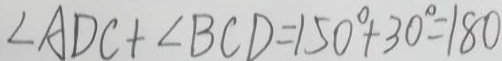
\angle A D C + \angle B C D = 1 5 0 ^ { \circ } + 3 0 ^ { \circ } = 1 8 0